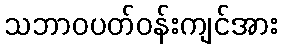
သဘာဝပတ်ဝန်းကျင်အား